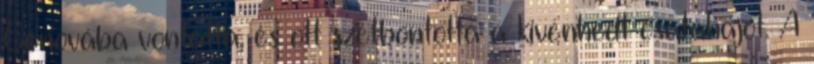
Genovába vontatta, és ott szétbontotta a kivénhedt csatahajót. A